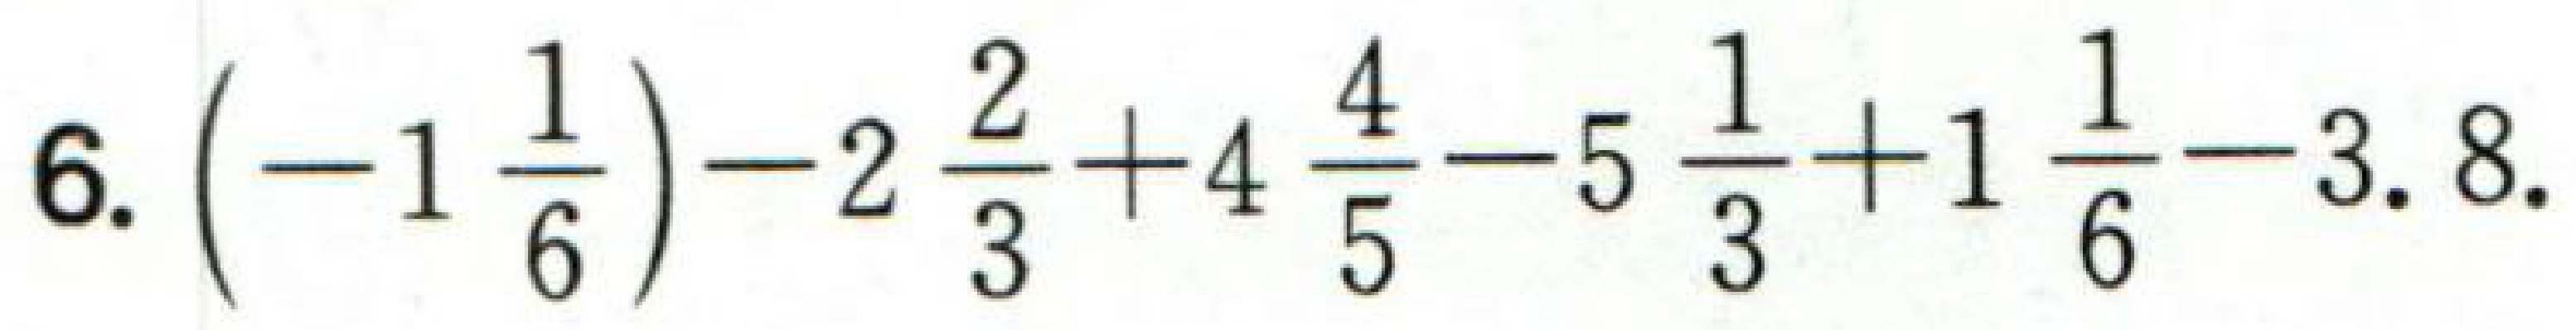
$6.\left(-1\frac{1}{6}\right)-2\frac{2}{3}+4\frac{4}{5}-5\frac{1}{3}+1\frac{1}{6}-3.8.$